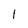
Character: 1